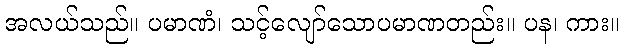
အလယ်သည်။ ပမာဏံ၊ သင့်လျော်သောပမာဏတည်း။ ပန၊ ကား။